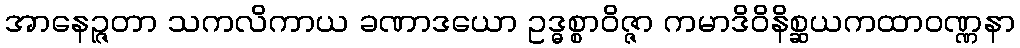
အာနေဉ္ဇတာ သကလိကာယ ခဏာဒယော ဥဒ္ဓစ္စာဝိဇ္ဇာ ကမာဒိဝိနိစ္ဆယကထာဝဏ္ဏနာ